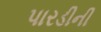
પારડીની